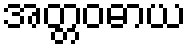
အတ္တဝဓာယ